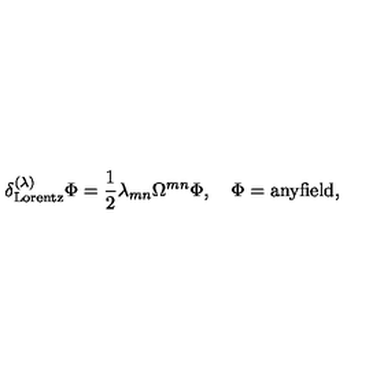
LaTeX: \delta _ { \mathrm { L o r e n t z } } ^ { ( \lambda ) } \Phi = \frac 1 2 \lambda _ { m n } \Omega ^ { m n } \Phi , \quad \Phi = \mathrm { a n y f i e l d } ,